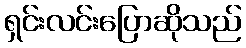
ရှင်းလင်းပြောဆိုသည်